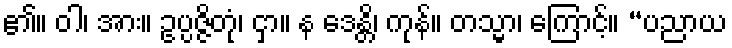
၏။ ဝါ၊ အား။ ဥပ္ပဇ္ဇိတုံ၊ ငှာ။ န ဒေန္တိ၊ ကုန်။ တသ္မာ၊ ကြောင့်။ “ပညာယ